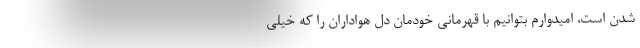
شدن است، امیدوارم بتوانیم با قهرمانی خودمان دل هواداران را که خیلی